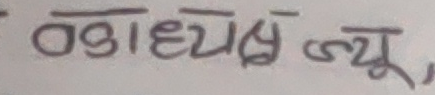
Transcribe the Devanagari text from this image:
वडाध्यक्ष ज्यू,